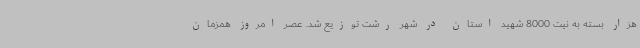
هزار بسته به نیت 8000 شهید استان در شهر رشت توزیع شد. عصر امروز همزمان